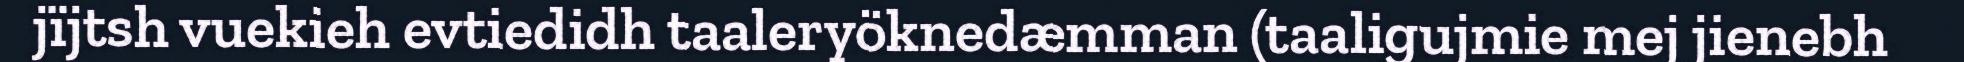
jïjtsh vuekieh evtiedidh taaleryöknedæmman (taaligujmie mej jienebh